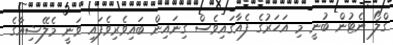
ގްލޯ ނެޓުން ބުނީ މި އަހަރުގެ ފެއާގައިވެސް ގިނައިން ބައިވެރިވެފައި ވަނީ މެލޭޝިއާގެ